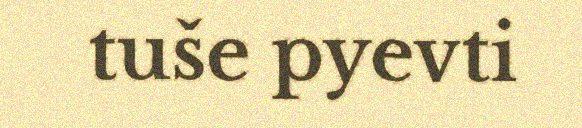
tuše pyevti